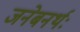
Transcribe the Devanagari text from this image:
जनेबनर्थः